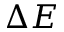
\Delta E